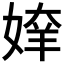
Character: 𰌍